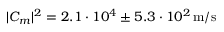
| C _ { m } | ^ { 2 } = 2 . 1 \cdot 1 0 ^ { 4 } \pm 5 . 3 \cdot 1 0 ^ { 2 } \, \mathrm { m / s }